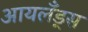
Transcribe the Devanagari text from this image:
आयलँड्स